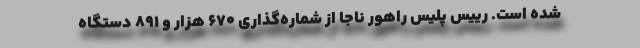
شده است. رییس پلیس راهور ناجا از شماره‌گذاری ۶۷۰ هزار و ۸۹۱ دستگاه